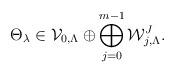
LaTeX: \begin{align*}\Theta_{\lambda}\in {\mathcal V}_{0,\Lambda}\oplus \bigoplus_{j=0}^{m-1}{\mathcal W}^J_{j,\Lambda}.\end{align*}